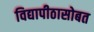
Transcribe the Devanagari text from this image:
विद्यापीठासोबत